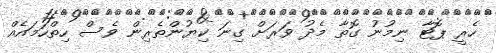
ހެރީ ޕޮޓާ ނިމުނު ގޮތާ މެދު ވަރަށް ގިނަ ކިޔުންތެރިން ވެސް ހިތްހަމައެއް